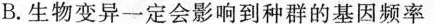
B.生物变异一定会影响到种群的基因频率